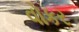
વોકર